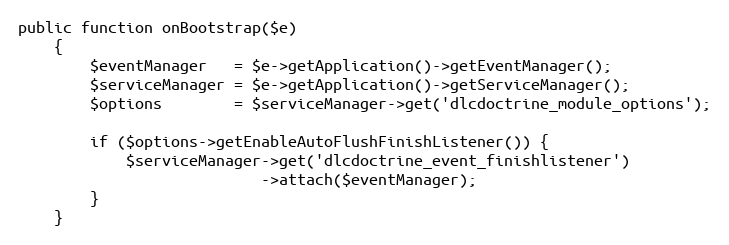
Language: PHP
public function onBootstrap($e)
    {
        $eventManager   = $e->getApplication()->getEventManager();
        $serviceManager = $e->getApplication()->getServiceManager();
        $options        = $serviceManager->get('dlcdoctrine_module_options');

        if ($options->getEnableAutoFlushFinishListener()) {
            $serviceManager->get('dlcdoctrine_event_finishlistener')
                           ->attach($eventManager);
        }
    }